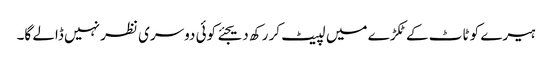
ہیرے کو ٹاٹ کے ٹکڑے میں لپیٹ کر رکھ دیجئے کوئی دوسری نظر نہیں ڈالے گا۔